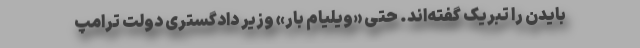
بایدن را تبریک گفته‌اند. حتی «ویلیام بار» وزیر دادگستری دولت ترامپ